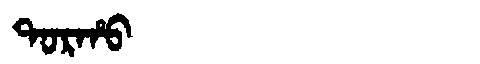
Manchu: ᡨᠣᡵᡥᠣ
Romanization: TORHO